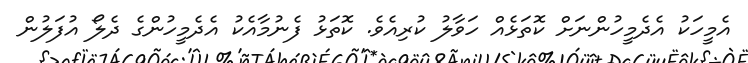
އެމީހަކު އެދެމީހުންނަށް ކޮތަޅެއް ހަވާލު ކުރިއެވެ. ކޮތަޅު ފެނުމާއެކު އެދެމީހުންގެ ދެލޯ އުފަލުން